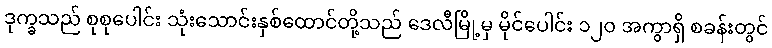
ဒုက္ခသည် စုစုပေါင်း သုံးသောင်းနှစ်ထောင်တို့သည် ဒေလီမြို့မှ မိုင်ပေါင်း ၁၂၀ အကွာရှိ စခန်းတွင်